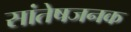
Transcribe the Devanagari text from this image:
सांतेषजनक